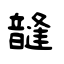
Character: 韼